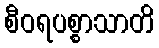
စီဝရပစ္စာသာတိ